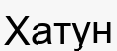
Хатун